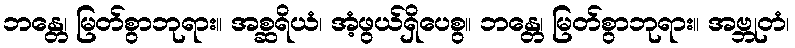
ဘန္တေ၊ မြတ်စွာဘုရား။ အစ္ဆရိယံ၊ အံ့ဖွယ်ရှိပေစွ။ ဘန္တေ၊ မြတ်စွာဘုရား။ အဗ္ဘုတံ၊